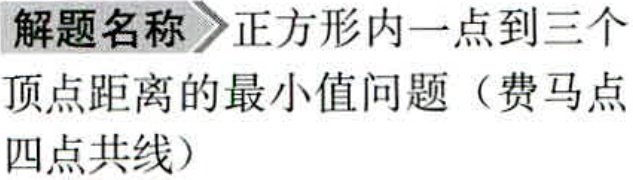
\textbf{解题名称} 正方形内一点到三个顶点距离的最小值问题（费马点四点共线）